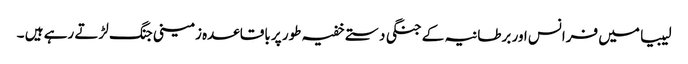
لیبیا میں فرانس اور برطانیہ کے جنگی دستے خفیہ طور پر باقاعدہ زمینی جنگ لڑتے رہے ہیں ۔